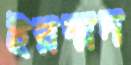
ইরম্মদ